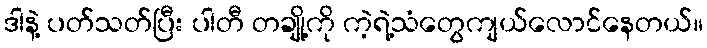
ဒါနဲ့ ပတ်သတ်ပြီး ပါတီ တချို့ကို ကဲ့ရဲ့သံတွေကျယ်လောင်နေတယ်။